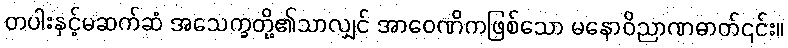
တပါးနှင့်မဆက်ဆံ အသေက္ခတို့၏သာလျှင် အာဝေဏိကဖြစ်သော မနောဝိညာဏဓာတ်၎င်း။